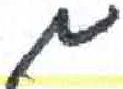
אות: מ